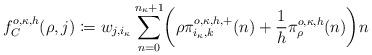
LaTeX: \begin{align*}f^{o,\kappa,h}_C(\rho,j) \coloneqq w_{j,i_{\kappa}}\sum\limits_{n=0}^{n_{\kappa}+1}\biggl(\rho\pi^{o,\kappa,h,+}_{i_{\kappa},k}(n) + \frac{1}{h}\pi^{o,\kappa,h}_{\rho}(n)\biggr)n\end{align*}